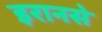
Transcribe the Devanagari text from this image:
इरानसे